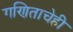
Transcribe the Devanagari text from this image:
गणिताचेही